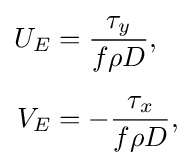
{\begin{aligned}U_{E}&={\frac {\tau _{y}}{f\rho D}},\\[5pt]V_{E}&=-{\frac {\tau _{x}}{f\rho D}},\end{aligned}}